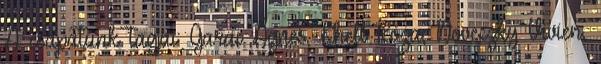
A csapatunk tagjai: Garai Ágnes, Khell Róza, Noveczky Vivien,